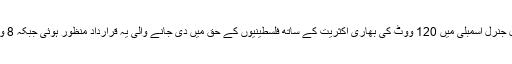
اقوامِ متحدہ کی 193 ممبران پر مشتمل جنرل اسمبلی میں 120 ووٹ کی بھاری اکثریت کے ساتھ فلسطینیوں کے حق میں دی جانے والی یہ قرارداد منظور ہوئی جبکہ 8 ووٹ اس قرار داد کی مخالفت میں آئے۔